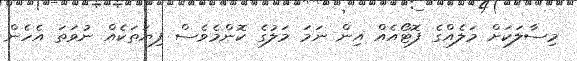
މިސާލަކަށް މަލެއްގެ ފޮޓޯއެއް އިން ނަމަ މަލުގެ ކޮންމެވެސް ފިޔަތަކެއް ނުވަތަ އެހެން